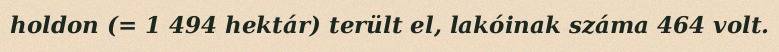
holdon (= 1 494 hektár) terült el, lakóinak száma 464 volt.